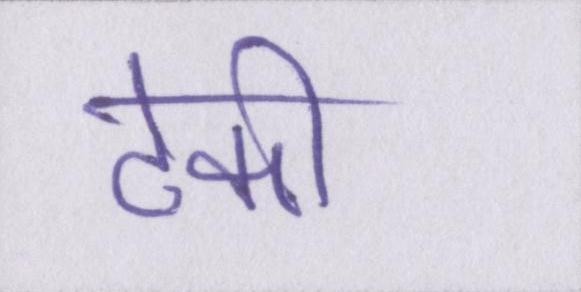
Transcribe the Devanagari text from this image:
टेकी